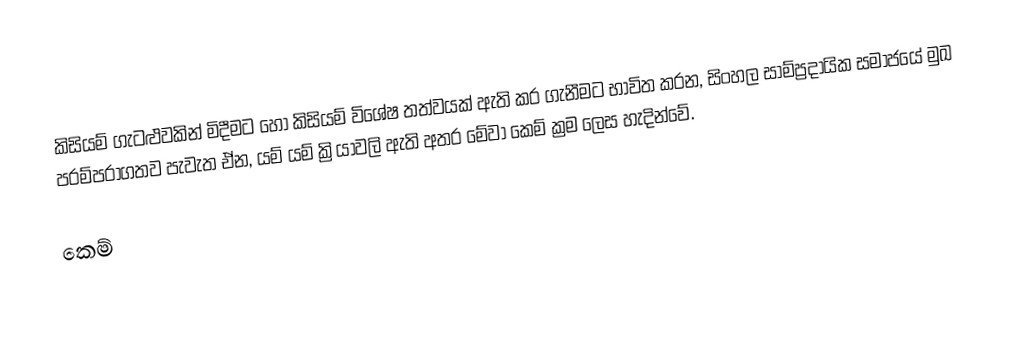
කිසියම් ගැටළුවකින් මිදීමට හෝ කිසියම් විශේෂ තත්වයක් ඇති කර ගැනීමට භාවිත කරන, සිංහල සාම්ප්‍රදායික සමාජයේ මුඛ පරම්පරාගතව පැවැත ඒන, යම් යම් ක්‍රියාවලි ඇති අතර මේවා කෙම් ක්‍රම ලෙස හැදින්වේ.

කෙම්